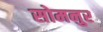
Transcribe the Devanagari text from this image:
सोमनुर